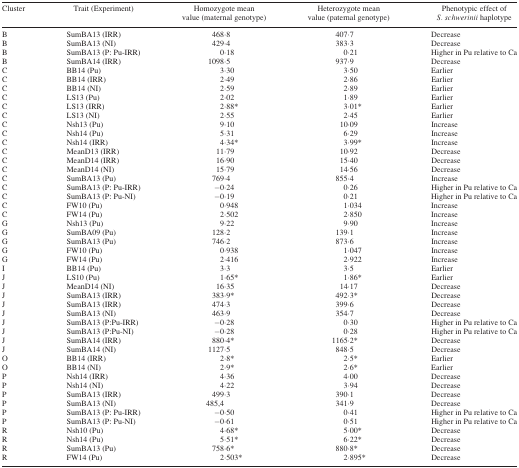
<table><thead><tr><td><b>Cluster</b></td><td><b>Trait (Experiment)</b></td><td><b>Homozygote mean value (maternal genotype)</b></td><td><b>Heterozygote mean value (paternal genotype)</b></td><td><b>Phenotypic effect of <i> S. schwerinii</i> haplotype</b></td></tr></thead><tbody><tr><td>B</td><td>SumBA13 (IRR)</td><td>468·8</td><td>407·7</td><td>Decrease</td></tr><tr><td>B</td><td>SumBA13 (NI)</td><td>429·4</td><td>383·3</td><td>Decrease</td></tr><tr><td>B</td><td>SumBA13 (P: Pu-IRR)</td><td>0·18</td><td>0·21</td><td>Higher in Pu relative to Ca</td></tr><tr><td>B</td><td>SumBA14 (IRR)</td><td>1098·5</td><td>937·9</td><td>Decrease</td></tr><tr><td>C</td><td>BB14 (Pu)</td><td>3·30</td><td>3·50</td><td>Earlier</td></tr><tr><td>C</td><td>BB14 (IRR)</td><td>2·49</td><td>2·86</td><td>Earlier</td></tr><tr><td>C</td><td>BB14 (NI)</td><td>2·59</td><td>2·89</td><td>Earlier</td></tr><tr><td>C</td><td>LS13 (Pu)</td><td>2·02</td><td>1·89</td><td>Earlier</td></tr><tr><td>C</td><td>LS13 (IRR)</td><td>2·88*</td><td>3·01*</td><td>Earlier</td></tr><tr><td>C</td><td>LS13 (NI)</td><td>2·55</td><td>2·45</td><td>Earlier</td></tr><tr><td>C</td><td>Nsh13 (Pu)</td><td>9·10</td><td>10·09</td><td>Increase</td></tr><tr><td>C</td><td>Nsh14 (Pu)</td><td>5·31</td><td>6·29</td><td>Increase</td></tr><tr><td>C</td><td>Nsh14 (IRR)</td><td>4·34*</td><td>3·99*</td><td>Increase</td></tr><tr><td>C</td><td>MeanD13 (IRR)</td><td>11·79</td><td>10·92</td><td>Decrease</td></tr><tr><td>C</td><td>MeanD14 (IRR)</td><td>16·90</td><td>15·40</td><td>Decrease</td></tr><tr><td>C</td><td>MeanD14 (NI)</td><td>15·79</td><td>14·56</td><td>Decrease</td></tr><tr><td>C</td><td>SumBA13 (Pu)</td><td>769·4</td><td>855·4</td><td>Increase</td></tr><tr><td>C</td><td>SumBA13 (P: Pu-IRR)</td><td>−0·24</td><td>0·26</td><td>Higher in Pu relative to Ca</td></tr><tr><td>C</td><td>SumBA13 (P: Pu-NI)</td><td>−0·19</td><td>0·21</td><td>Higher in Pu relative to Ca</td></tr><tr><td>C</td><td>FW10 (Pu)</td><td>0·948</td><td>1·034</td><td>Increase</td></tr><tr><td>C</td><td>FW14 (Pu)</td><td>2·502</td><td>2·850</td><td>Increase</td></tr><tr><td>G</td><td>Nsh13 (Pu)</td><td>9·22</td><td>9·90</td><td>Increase</td></tr><tr><td>G</td><td>SumBA09 (Pu)</td><td>128·2</td><td>139·1</td><td>Increase</td></tr><tr><td>G</td><td>SumBA13 (Pu)</td><td>746·2</td><td>873·6</td><td>Increase</td></tr><tr><td>G</td><td>FW10 (Pu)</td><td>0·938</td><td>1·047</td><td>Increase</td></tr><tr><td>G</td><td>FW14 (Pu)</td><td>2·416</td><td>2·922</td><td>Increase</td></tr><tr><td>I</td><td>BB14 (Pu)</td><td>3·3</td><td>3·5</td><td>Earlier</td></tr><tr><td>J</td><td>LS10 (Pu)</td><td>1·65*</td><td>1·86*</td><td>Earlier</td></tr><tr><td>J</td><td>MeanD14 (NI)</td><td>16·35</td><td>14·17</td><td>Decrease</td></tr><tr><td>J</td><td>SumBA13 (IRR)</td><td>383·9*</td><td>492·3*</td><td>Decrease</td></tr><tr><td>J</td><td>SumBA13 (IRR)</td><td>474·3</td><td>399·6</td><td>Decrease</td></tr><tr><td>J</td><td>SumBA13 (NI)</td><td>463·9</td><td>354·7</td><td>Decrease</td></tr><tr><td>J</td><td>SumBA13 (P:Pu-IRR)</td><td>−0·28</td><td>0·30</td><td>Higher in Pu relative to Ca</td></tr><tr><td>J</td><td>SumBA13 (P:Pu-NI)</td><td>−0·28</td><td>0·28</td><td>Higher in Pu relative to Ca</td></tr><tr><td>J</td><td>SumBA14 (IRR)</td><td>880·4*</td><td>1165·2*</td><td>Decrease</td></tr><tr><td>J</td><td>SumBA14 (NI)</td><td>1127·5</td><td>848·5</td><td>Decrease</td></tr><tr><td>O</td><td>BB14 (IRR)</td><td>2·8*</td><td>2·5*</td><td>Earlier</td></tr><tr><td>O</td><td>BB14 (NI)</td><td>2·9*</td><td>2·6*</td><td>Earlier</td></tr><tr><td>P</td><td>Nsh14 (IRR)</td><td>4·36</td><td>4·00</td><td>Decrease</td></tr><tr><td>P</td><td>Nsh14 (NI)</td><td>4·22</td><td>3·94</td><td>Decrease</td></tr><tr><td>P</td><td>SumBA13 (IRR)</td><td>499·3</td><td>390·1</td><td>Decrease</td></tr><tr><td>P</td><td>SumBA13 (NI)</td><td>485,4</td><td>341·9</td><td>Decrease</td></tr><tr><td>P</td><td>SumBA13 (P: Pu-IRR)</td><td>−0·50</td><td>0·41</td><td>Higher in Pu relative to Ca</td></tr><tr><td>P</td><td>SumBA13 (P: Pu-NI)</td><td>−0·61</td><td>0·51</td><td>Higher in Pu relative to Ca</td></tr><tr><td>R</td><td>Nsh10 (Pu)</td><td>4·68*</td><td>5·00*</td><td>Decrease</td></tr><tr><td>R</td><td>Nsh14 (Pu)</td><td>5·51*</td><td>6·22*</td><td>Decrease</td></tr><tr><td>R</td><td>SumBA13 (Pu)</td><td>758·6*</td><td>880·8*</td><td>Decrease</td></tr><tr><td>R</td><td>FW14 (Pu)</td><td>2·503*</td><td>2·895*</td><td>Decrease</td></tr></tbody></table>